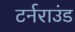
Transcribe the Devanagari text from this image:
टर्नराउंड